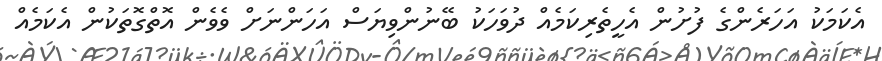
އެކަމަކު އަހަރެންގެ ފުށުން އެހީތެރިކަމެއް ދުވަހަކު ބޭނުންވިޔަސް އަހަންނަށް ވެވެން އޮތްގޮތަކުން އެކަމެއް